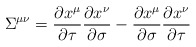
\begin{align*}{\Sigma}^{\mu\nu} = \frac{\partial x^{\mu}}{\partial \tau}\frac{\partial x^{\nu}}{\partial \sigma} - \frac{\partial x^{\mu}}{\partial\sigma}\frac{\partial x^{\nu}}{\partial \tau}\end{align*}